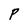
Character: P